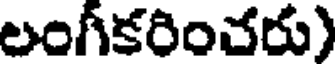
లంగీకరించరు)